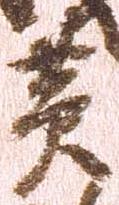
黄